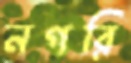
নগরি